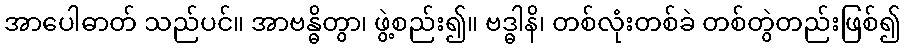
အာပေါဓာတ် သည်ပင်။ အာဗန္ဓိတွာ၊ ဖွဲ့စည်း၍။ ဗဒ္ဓါနိ၊ တစ်လုံးတစ်ခဲ တစ်တွဲတည်းဖြစ်၍